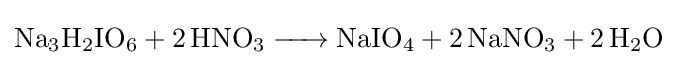
{\ce {Na3H2IO6 + 2 HNO3 -> NaIO4 + 2 NaNO3 + 2 H2O}}